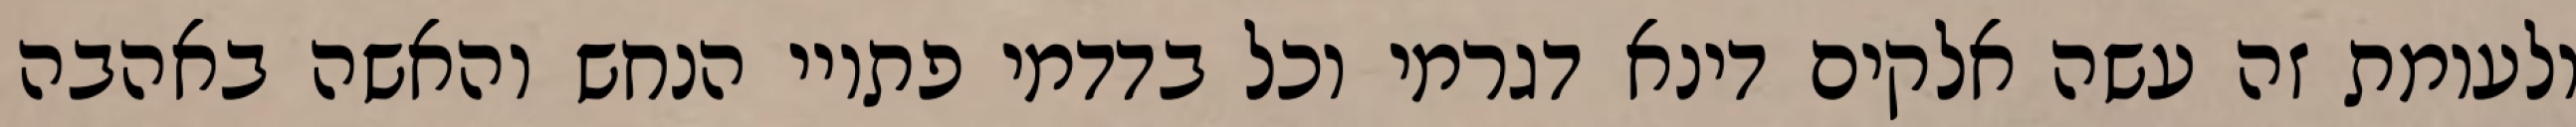
ולעומת זה עשה אלקים דינא דגרמי וכל בדדמי פתויי הנחש והאשה באהבה